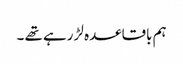
ہم باقاعدہ لڑ رہے تھے ۔